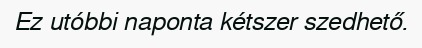
Ez utóbbi naponta kétszer szedhető.